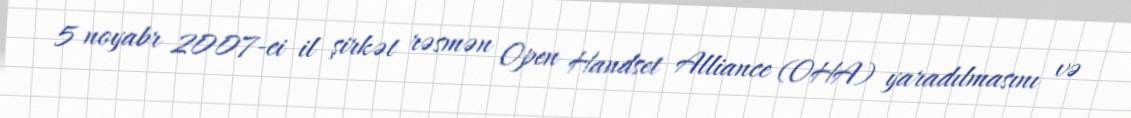
5 noyabr 2007-ci il şirkət rəsmən Open Handset Alliance (OHA) yaradılmasını və